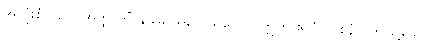
အလုံးစုံသည်။ အတ္ထိ ကိံ နု ခေါ၊ ရှိလေသလော။ ဣတိ ဧတံ (ဝစနံ)၊ ဤသို့သော